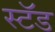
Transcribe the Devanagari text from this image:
स्‍टॅड